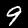
Digit: 9